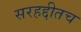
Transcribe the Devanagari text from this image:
सरहद्दीतच